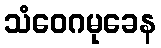
သံဝေဂမုခေန